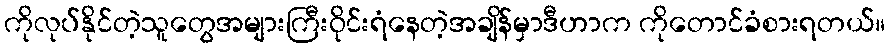
ကိုလုပ်နိုင်တဲ့သူတွေအများကြီးဝိုင်းရံနေတဲ့အချိန်မှာဒီဟာက ကိုတောင်ခံစားရတယ်။